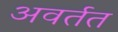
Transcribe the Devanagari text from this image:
अवर्तत